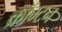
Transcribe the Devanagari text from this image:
क्रॉम्टन